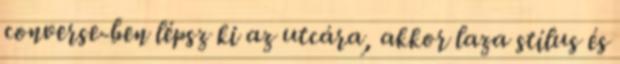
converse-ben lépsz ki az utcára, akkor laza stílus és